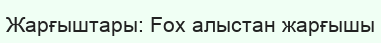
Жарғыштары: Fox алыстан жарғышы